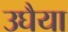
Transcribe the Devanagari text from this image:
उघैया